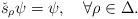
LaTeX: \begin{align*}\check{s}_{\rho}\psi=\psi,\quad \forall\rho\in\Delta.\end{align*}